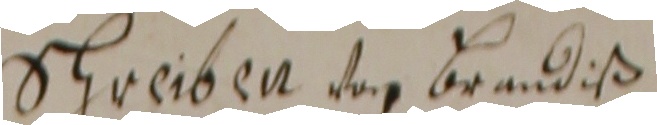
schreiben von Brendiß